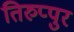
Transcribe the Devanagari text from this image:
तिरुप्पुर